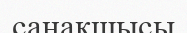
санақшысы